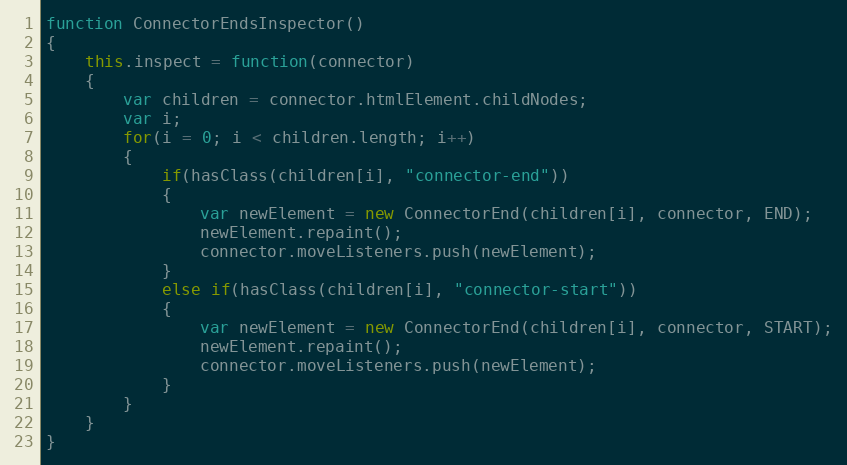
Language: JavaScript
function ConnectorEndsInspector()
{
	this.inspect = function(connector)
	{
		var children = connector.htmlElement.childNodes;
		var i;
		for(i = 0; i < children.length; i++)
		{
			if(hasClass(children[i], "connector-end"))
			{
				var newElement = new ConnectorEnd(children[i], connector, END);
				newElement.repaint();
				connector.moveListeners.push(newElement);
			}
			else if(hasClass(children[i], "connector-start"))
			{
				var newElement = new ConnectorEnd(children[i], connector, START);
				newElement.repaint();
				connector.moveListeners.push(newElement);
			}
		}
	}
}